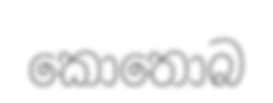
කොතොබ